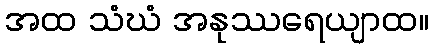
အထ သံဃံ အနုဿရေယျာထ။